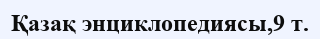
Қазақ энциклопедиясы,9 т.